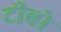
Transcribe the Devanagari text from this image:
टीबो